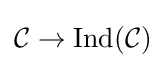
{\mathcal {C}}\to {\text{Ind}}({\mathcal {C}})